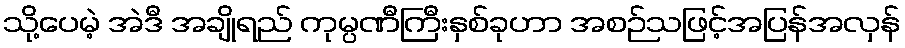
သို့ပေမဲ့ အဲဒီ အချိုရည် ကုမ္ပဏီကြီးနှစ်ခုဟာ အစဉ်သဖြင့်အပြန်အလှန်